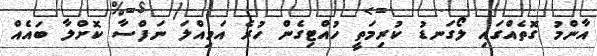
އާންމު ގޮތެއްގައި ލޯގަނޑު ކުރިމަތީ ހުއްޓިގެން ހުރެ އަމިއްލަ ނަފްސާ ކޮށްލާ ބައެއް